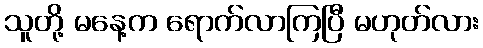
သူတို့ မနေ့က ရောက်လာကြပြီ မဟုတ်လား